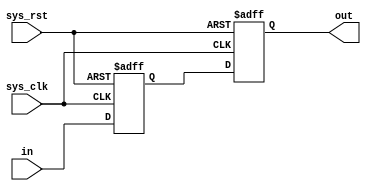
module non_blocking
(
    input   wire            sys_clk,
    input   wire            sys_rst,
    input   wire    [1:0]   in     ,

    output  reg     [1:0]   out

);

reg [1:0]   in_reg;

always@(posedge sys_clk or negedge sys_rst)
    if(sys_rst == 1'b0)
        begin
            in_reg  <= 2'b0;
            out     <= 2'b0;
        
        end
    else
        begin
            in_reg  <= in;
            out     <= in_reg;
        end
endmodule